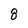
Character: 8